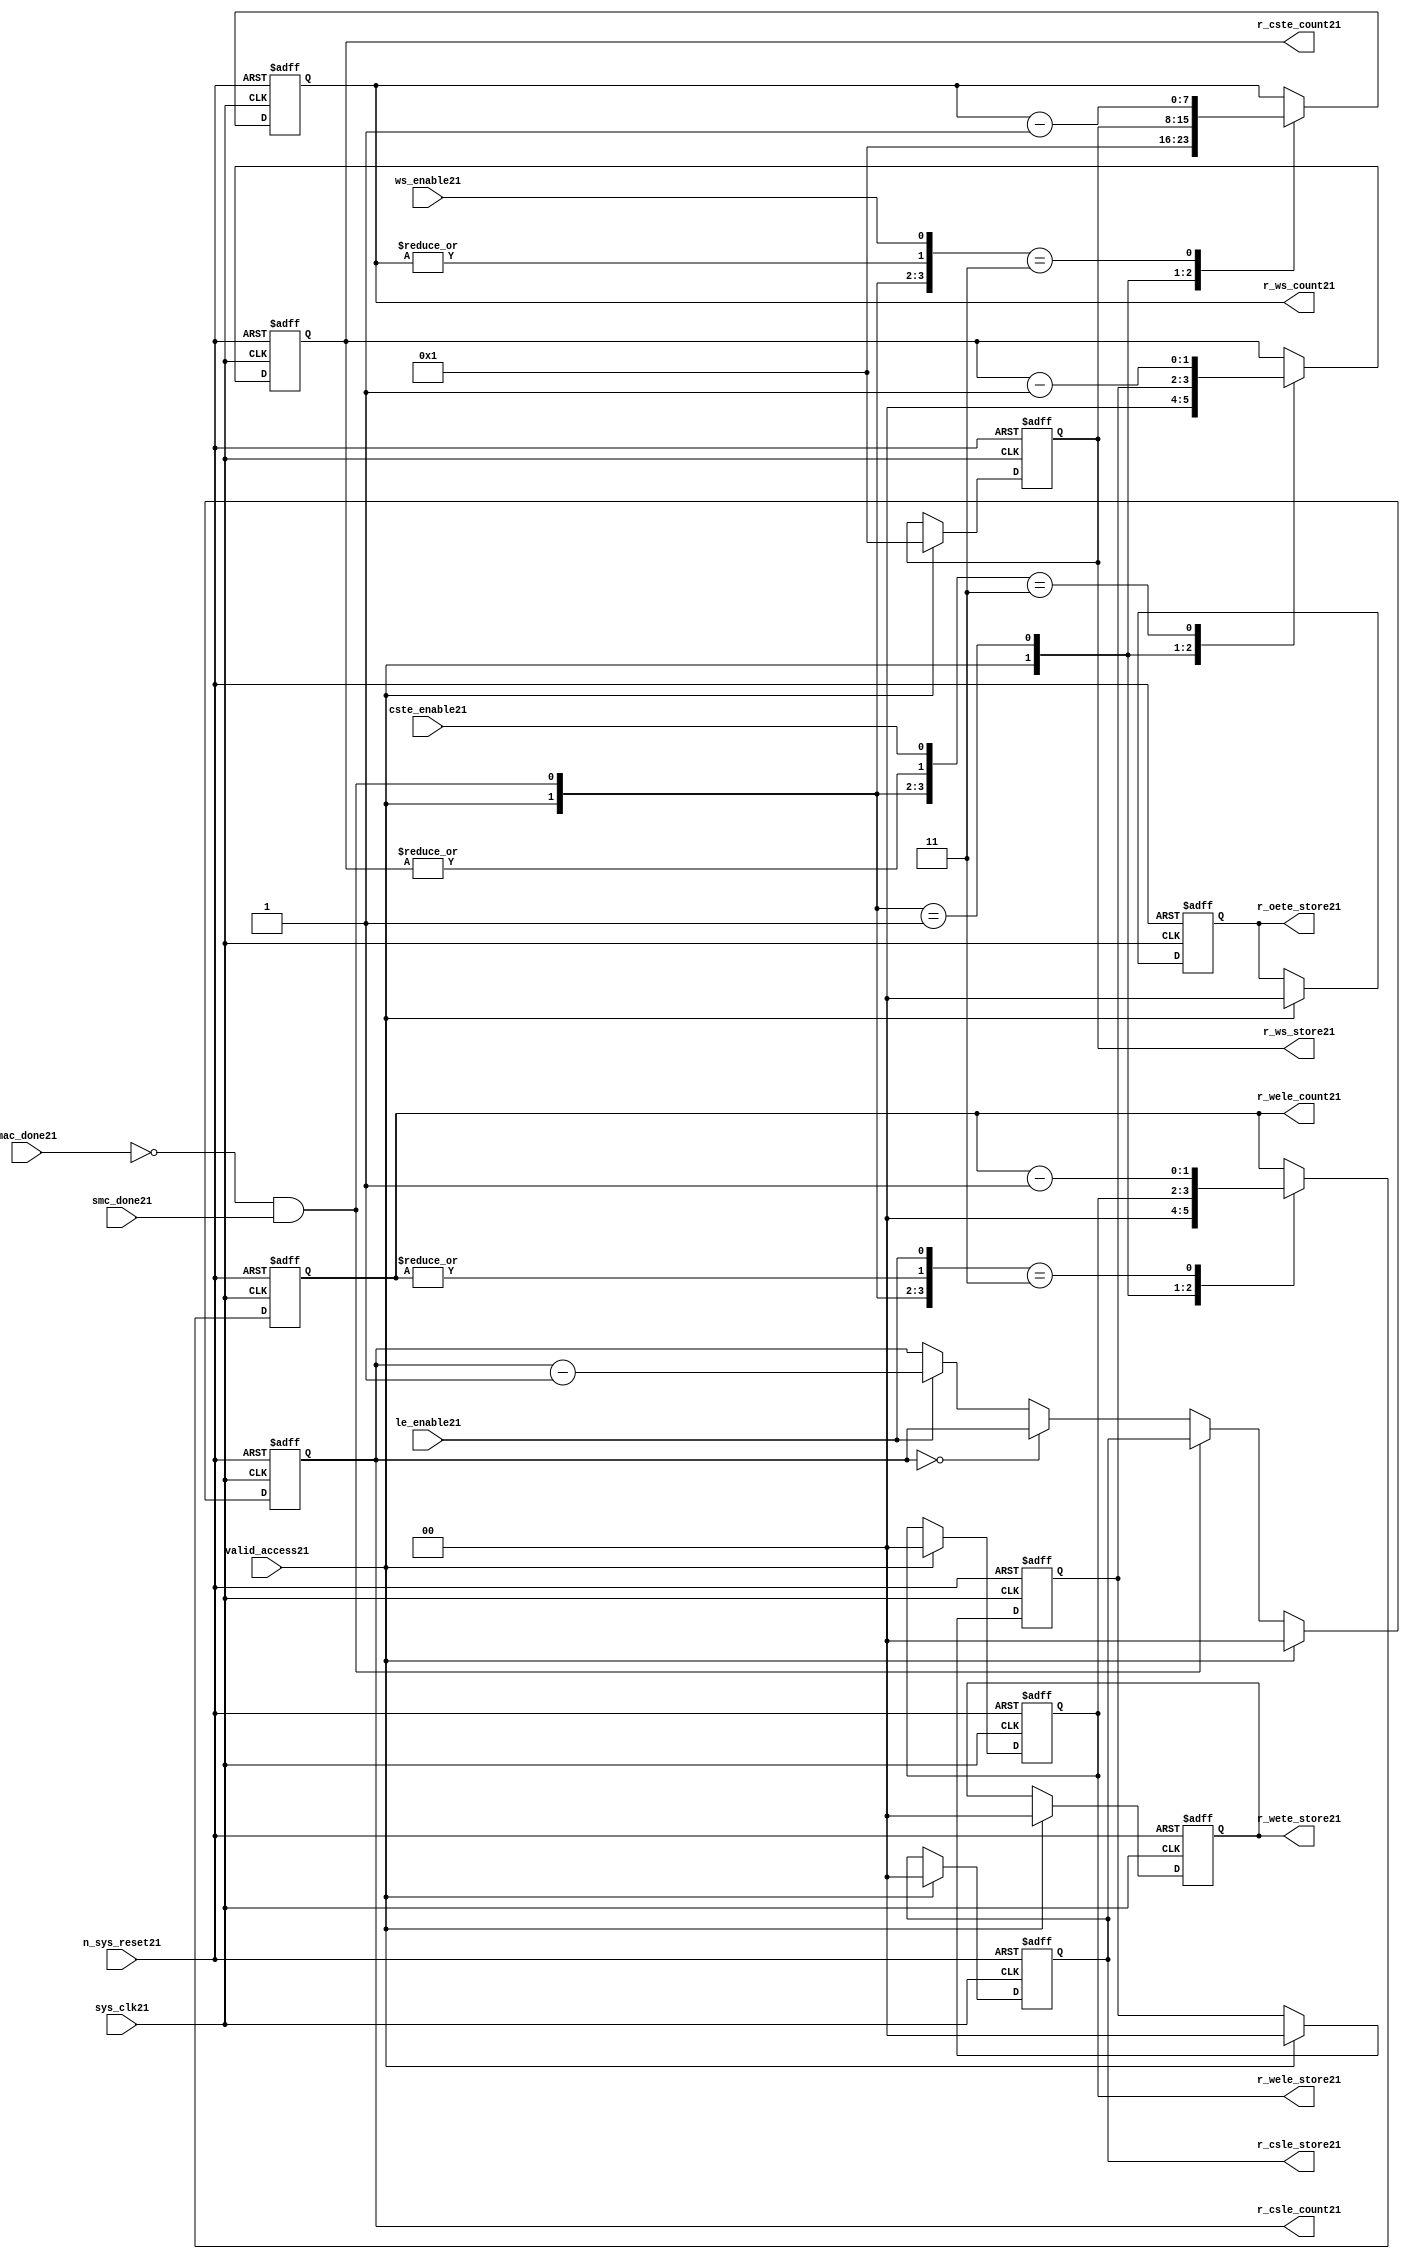
//File21 name   : smc_counter_lite21.v
//Title21       : 
//Created21     : 1999
//Description21 : Counter21 block.
//            : Static21 Memory Controller21.
//            : The counter block provides21 generates21 all cycle timings21
//            : The leading21 edge counts21 are individual21 2bit, loadable21,
//            : counters21. The wait state counter is a count down
//            : counter with a maximum size of 5 bits. The trailing21
//            : edge counts21 are registered for comparison21 with the
//            : wait state counter. The bus float21 (CSTE21) is a
//            : separate21 2bit counter. The initial count values are
//            : stored21 and reloaded21 into the counters21 if multiple
//            : accesses are required21.
//Notes21       : 
//----------------------------------------------------------------------
//   Copyright21 1999-2010 Cadence21 Design21 Systems21, Inc21.
//   All Rights21 Reserved21 Worldwide21
//
//   Licensed21 under the Apache21 License21, Version21 2.0 (the
//   "License21"); you may not use this file except21 in
//   compliance21 with the License21.  You may obtain21 a copy of
//   the License21 at
//
//       http21://www21.apache21.org21/licenses21/LICENSE21-2.0
//
//   Unless21 required21 by applicable21 law21 or agreed21 to in
//   writing, software21 distributed21 under the License21 is
//   distributed21 on an "AS21 IS21" BASIS21, WITHOUT21 WARRANTIES21 OR21
//   CONDITIONS21 OF21 ANY21 KIND21, either21 express21 or implied21.  See
//   the License21 for the specific21 language21 governing21
//   permissions21 and limitations21 under the License21.
//----------------------------------------------------------------------


module smc_counter_lite21  (
                     //inputs21

                     sys_clk21,
                     n_sys_reset21,
                     valid_access21,
                     mac_done21, 
                     smc_done21, 
                     cste_enable21, 
                     ws_enable21,
                     le_enable21, 

                     //outputs21

                     r_csle_count21,
                     r_wele_count21,
                     r_ws_count21,
                     r_ws_store21,
                     r_oete_store21,
                     r_wete_store21,
                     r_wele_store21,
                     r_cste_count21,
                     r_csle_store21);
   

//----------------------------------------------------------------------
// the Wait21 State21 Counter21
//----------------------------------------------------------------------
   
   
   // I21/O21
   
   input     sys_clk21;                  // AHB21 System21 clock21
   input     n_sys_reset21;              // AHB21 System21 reset (Active21 LOW21)
   
   input     valid_access21;             // load21 values are valid if high21
   input     mac_done21;                 // All cycles21 in a multiple access

   //  completed
   
   input                 smc_done21;   // one access completed
   input                 cste_enable21;// Enable21 CS21 Trailing21 Edge21 counter
   input                 ws_enable21;  // Enable21 Wait21 State21 counter
   input                 le_enable21;  // Enable21 all Leading21 Edge21 counters21
   
   // Counter21 outputs21
   
   output [1:0]             r_csle_count21;  //chip21 select21 leading21
                                             //  edge count
   output [1:0]             r_wele_count21;  //write strobe21 leading21 
                                             // edge count
   output [7:0] r_ws_count21;    //wait state count
   output [1:0]             r_cste_count21;  //chip21 select21 trailing21 
                                             // edge count
   
   // Stored21 counts21 for MAC21
   
   output [1:0]             r_oete_store21;  //read strobe21
   output [1:0]             r_wete_store21;  //write strobe21 trailing21 
                                              // edge store21
   output [7:0] r_ws_store21;    //wait state store21
   output [1:0]             r_wele_store21;  //write strobe21 leading21
                                             //  edge store21
   output [1:0]             r_csle_store21;  //chip21 select21  leading21
                                             //  edge store21
   
   
   // Counters21
   
   reg [1:0]             r_csle_count21;  // Chip21 select21 LE21 counter
   reg [1:0]             r_wele_count21;  // Write counter
   reg [7:0] r_ws_count21;    // Wait21 state select21 counter
   reg [1:0]             r_cste_count21;  // Chip21 select21 TE21 counter
   
   
   // These21 strobes21 finish early21 so no counter is required21. 
   // The stored21 value is compared with WS21 counter to determine21 
   // when the strobe21 should end.

   reg [1:0]    r_wete_store21;    // Write strobe21 TE21 end time before CS21
   reg [1:0]    r_oete_store21;    // Read strobe21 TE21 end time before CS21
   
   
   // The following21 four21 regisrers21 are used to store21 the configuration
   // during mulitple21 accesses. The counters21 are reloaded21 from these21
   // registers before each cycle.
   
   reg [1:0]             r_csle_store21;    // Chip21 select21 LE21 store21
   reg [1:0]             r_wele_store21;    // Write strobe21 LE21 store21
   reg [7:0] r_ws_store21;      // Wait21 state store21
   reg [1:0]             r_cste_store21;    // Chip21 Select21 TE21 delay
                                          //  (Bus21 float21 time)

   // wires21 used for meeting21 coding21 standards21
   
   wire         ws_count21;      //ORed21 r_ws_count21
   wire         wele_count21;    //ORed21 r_wele_count21
   wire         cste_count21;    //ORed21 r_cste_count21
   wire         mac_smc_done21;  //ANDed21 smc_done21 and not(mac_done21)
   wire [4:0]   case_cste21;     //concatenated21 signals21 for case statement21
   wire [4:0]   case_wele21;     //concatenated21 signals21 for case statement21
   wire [4:0]   case_ws21;       //concatenated21 signals21 for case statement21
   
   
   
   // Main21 Code21
   
//----------------------------------------------------------------------
// Counters21 (& Count21 Store21 for MAC21)
//----------------------------------------------------------------------


//----------------------------------------------------------------------
// WETE21 Store21
//----------------------------------------------------------------------

always @(posedge sys_clk21 or negedge n_sys_reset21)

begin   

   if (~(n_sys_reset21))
     
      r_wete_store21 <= 2'b00;
   
   
   else if (valid_access21)
     
      r_wete_store21 <= 2'b0;
   
   else
     
      r_wete_store21 <= r_wete_store21;

end
   
//----------------------------------------------------------------------
// OETE21 Store21
//----------------------------------------------------------------------

always @(posedge sys_clk21 or negedge n_sys_reset21)

begin   

   if (~(n_sys_reset21))
     
      r_oete_store21 <= 2'b00;
   
   
   else if (valid_access21)
     
      r_oete_store21 <= 2'b0;
   
   else

      r_oete_store21 <= r_oete_store21;

end
   
//----------------------------------------------------------------------
// CSLE21 Store21
//----------------------------------------------------------------------

always @(posedge sys_clk21 or negedge n_sys_reset21)

begin   

   if (~(n_sys_reset21))
     
      r_csle_store21 <= 2'b00;
   
   
   else if (valid_access21)
     
      r_csle_store21 <= 2'b00;
   
   else
     
      r_csle_store21 <= r_csle_store21;

end
   
//----------------------------------------------------------------------
// CSLE21 Counter21
//----------------------------------------------------------------------

always @(posedge sys_clk21 or negedge n_sys_reset21)

begin   

   if (~(n_sys_reset21))
     
      r_csle_count21 <= 2'b00;
   
   
   else
   begin
        
      if (valid_access21)
        
         r_csle_count21 <= 2'b00;
      
      else if (~(mac_done21) & smc_done21)
        
         r_csle_count21 <= r_csle_store21;
      
      else if (r_csle_count21 == 2'b00)
        
         r_csle_count21 <= r_csle_count21;
      
      else if (le_enable21)               
        
         r_csle_count21 <= r_csle_count21 - 2'd1;
      
      else
        
          r_csle_count21 <= r_csle_count21;
      
     end

end
   
   
//----------------------------------------------------------------------
// CSTE21 Store21
//----------------------------------------------------------------------

always @(posedge sys_clk21 or negedge n_sys_reset21)

begin   

   if (~(n_sys_reset21))

      r_cste_store21 <= 2'b00;

   else if (valid_access21)

      r_cste_store21 <= 2'b0;

   else

      r_cste_store21 <= r_cste_store21;

end
   
   
   
//----------------------------------------------------------------------
//concatenation21 of signals21 to avoid using nested21 ifs21
//----------------------------------------------------------------------

 assign mac_smc_done21 = (~(mac_done21) & smc_done21);
 assign cste_count21   = (|r_cste_count21);           //checks21 for count = 0
 assign case_cste21   = {1'b0,valid_access21,mac_smc_done21,cste_count21,
                       cste_enable21};
   
//----------------------------------------------------------------------
//CSTE21 COUNTER21
//----------------------------------------------------------------------

always @(posedge sys_clk21 or negedge n_sys_reset21)

begin   

   if (~(n_sys_reset21))

      r_cste_count21 <= 2'b00;

   else 
   begin
      casex(case_cste21)
           
        5'b1xxxx:        r_cste_count21 <= r_cste_count21;

        5'b01xxx:        r_cste_count21 <= 2'b0;

        5'b001xx:        r_cste_count21 <= r_cste_store21;

        5'b0000x:        r_cste_count21 <= r_cste_count21;

        5'b00011:        r_cste_count21 <= r_cste_count21 - 2'd1;

        default :        r_cste_count21 <= r_cste_count21;

      endcase // casex(w_cste_case21)
      
   end
   
end

//----------------------------------------------------------------------
// WELE21 Store21
//----------------------------------------------------------------------

always @(posedge sys_clk21 or negedge n_sys_reset21)

begin   

   if (~(n_sys_reset21))

      r_wele_store21 <= 2'b00;


   else if (valid_access21)

      r_wele_store21 <= 2'b00;

   else

      r_wele_store21 <= r_wele_store21;

end
   
   
   
//----------------------------------------------------------------------
//concatenation21 of signals21 to avoid using nested21 ifs21
//----------------------------------------------------------------------
   
   assign wele_count21   = (|r_wele_count21);         //checks21 for count = 0
   assign case_wele21   = {1'b0,valid_access21,mac_smc_done21,wele_count21,
                         le_enable21};
   
//----------------------------------------------------------------------
// WELE21 Counter21
//----------------------------------------------------------------------

always @(posedge sys_clk21 or negedge n_sys_reset21)

begin   
   if (~(n_sys_reset21))

      r_wele_count21 <= 2'b00;

   else
   begin

      casex(case_wele21)

        5'b1xxxx :  r_wele_count21 <= r_wele_count21;

        5'b01xxx :  r_wele_count21 <= 2'b00;

        5'b001xx :  r_wele_count21 <= r_wele_store21;

        5'b0000x :  r_wele_count21 <= r_wele_count21;

        5'b00011 :  r_wele_count21 <= r_wele_count21 - (2'd1);

        default  :  r_wele_count21 <= r_wele_count21;

      endcase // casex(case_wele21)

   end

end
   
//----------------------------------------------------------------------
// WS21 Store21
//----------------------------------------------------------------------

always @(posedge sys_clk21 or negedge n_sys_reset21)
  
begin   

   if (~(n_sys_reset21))

      r_ws_store21 <= 8'd0;


   else if (valid_access21)

      r_ws_store21 <= 8'h01;

   else

      r_ws_store21 <= r_ws_store21;

end
   
   
   
//----------------------------------------------------------------------
//concatenation21 of signals21 to avoid using nested21 ifs21
//----------------------------------------------------------------------
   
   assign ws_count21   = (|r_ws_count21); //checks21 for count = 0
   assign case_ws21   = {1'b0,valid_access21,mac_smc_done21,ws_count21,
                       ws_enable21};
   
//----------------------------------------------------------------------
// WS21 Counter21
//----------------------------------------------------------------------

always @(posedge sys_clk21 or negedge n_sys_reset21)

begin   

   if (~(n_sys_reset21))

      r_ws_count21 <= 8'd0;

   else  
   begin
   
      casex(case_ws21)
 
         5'b1xxxx :  
            r_ws_count21 <= r_ws_count21;
        
         5'b01xxx :
            r_ws_count21 <= 8'h01;
        
         5'b001xx :  
            r_ws_count21 <= r_ws_store21;
        
         5'b0000x :  
            r_ws_count21 <= r_ws_count21;
        
         5'b00011 :  
            r_ws_count21 <= r_ws_count21 - 8'd1;
        
         default  :  
            r_ws_count21 <= r_ws_count21;

      endcase // casex(case_ws21)
      
   end
   
end  
   
   
endmodule